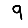
Digit: 9